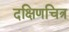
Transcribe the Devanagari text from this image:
दक्षिणचित्र